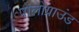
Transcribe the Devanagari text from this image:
पोलोग्राउंड